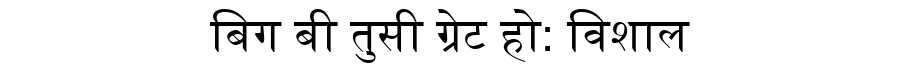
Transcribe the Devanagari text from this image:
बिग बी तुसी ग्रेट हो: विशाल